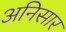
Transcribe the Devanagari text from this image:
अनिसार